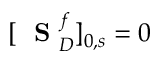
[ \mathrm { ~ \bf ~ S ~ } _ { D } ^ { f } ] _ { 0 , s } = 0